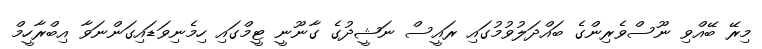
މިރޭ ބޭއްވި ނޫސްވެރިންގެ ބައްދަލުވުމުގައި ރައީސް ނަޝީދުގެ ގާނޫނީ ޓީމްގައި ހިމެނިވަޑައިގަންނަވާ އިބްރާހީމް